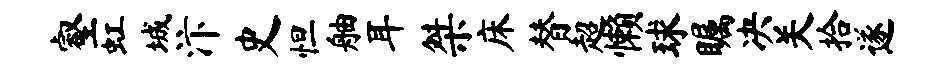
壑虹城汴史怛舳耳桀床替超懒球瞩决关拾遂